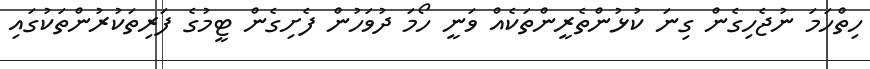
ހިތްހަމަ ނުޖެހިގެން ގިނަ ކުޅުންތެރީންތަކެއް ވަނީ ހޯމަ ދުވަހުން ފެށިގެން ޓީމުގެ ފަރިތަކުރުންތަކުގައި